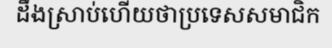
ដឹងស្រាប់ហើយថាប្រទេសសមាជិក